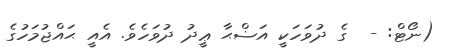
(ނޯޓް: -  ގެ ދުވަހަކީ އަޟްޙާ ޢީދު ދުވަހެވެ. އެއީ ޙައްޖުމަހުގެ